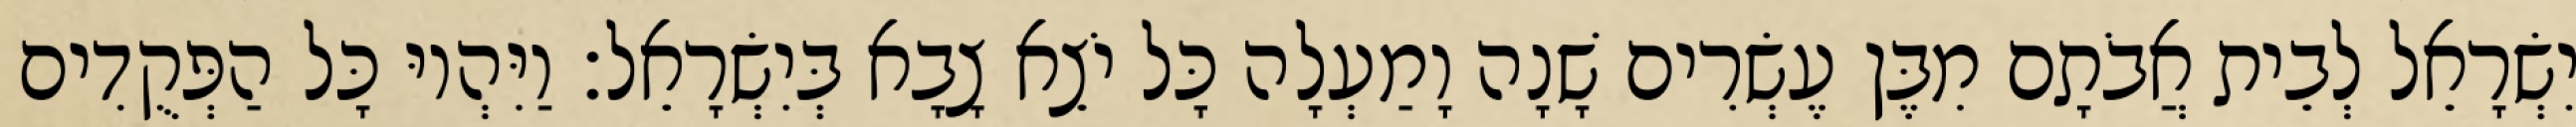
יִשְׂרָאֵל לְבֵית אֲבֹתָם מִבֶּן עֶשְׂרִים שָׁנָה וָמַעְלָה כָּל יֹצֵא צָבָא בְּיִשְׂרָאֵל׃ וַיִּהְיוּ כָּל הַפְּקֻדִים